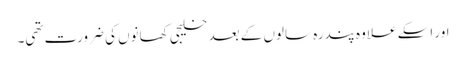
اور اسکے علاوہ پندرہ سالوں کے بعد خلیجی کھانوں کی ضرورت تھی۔